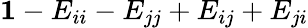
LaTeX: \boldsymbol{1}-E_{ii}-E_{jj}+E_{ij}+E_{ji}